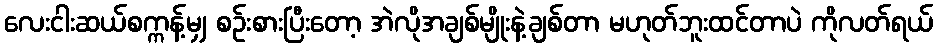
လေးငါးဆယ်စက္ကန့်မျှ စဉ်းစားပြီးတော့ အဲလိုအချစ်မျိုးနဲ့ချစ်တာ မဟုတ်ဘူးထင်တာပဲ ကိုလတ်ရယ်